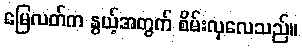
မြေလတ်က နွယ့်အတွက် စိမ်းလှလေသည်။